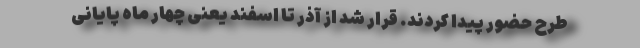
طرح حضور پیدا کردند. قرار شد از آذر تا اسفند یعنی چهار ماه پایانی